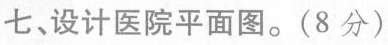
七、设计医院平面图。(8分)